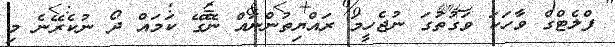
ފްލެޓްގެ ވާހަކަ ވަގުތުގަ ނުޖެހީމަ ރައްޔިތުންނައް ނޭގޭ ކަމައް ދޯ ނުކެރޭނެ މި